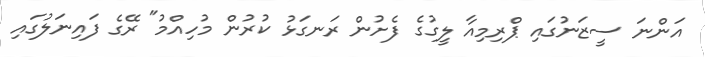
އަންނަ ސީޒަނުގައި ޕްރިމިއާ ލީގުގެ ފެށުން ރަނގަޅު ކުރުން މުހިއްމު" ރޭގެ ފައިނަލުގައި